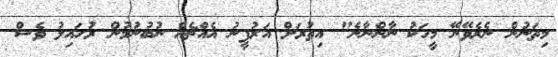
މިތަނުން ނެރެވޭނޭ މީހަކު ނާންނާނެ" އިތުރަށް އަރުފީނު އެއްޗެއް ނުބުނުމުން ރުހައިލު ވެސް